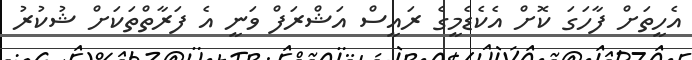
އެހީތަށް ފާހަގަ ކޮށް އެކެޑެމީގެ ރައީސް އަޝްރަފް ވަނީ އެ ފަރާތްތަކަށް ޝުކުރު